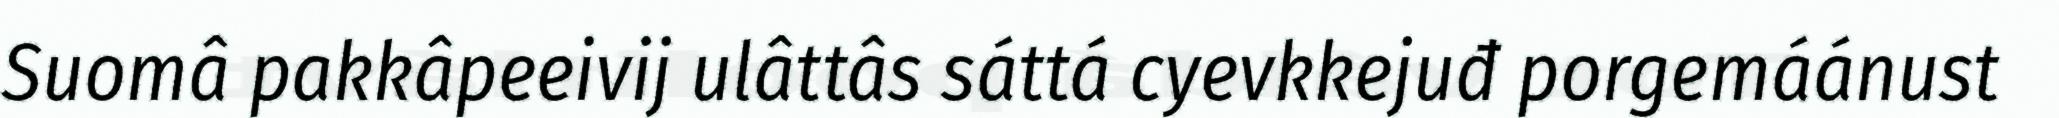
Suomâ pakkâpeeivij ulâttâs sáttá cyevkkejuđ porgemáánust